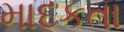
માદકતા